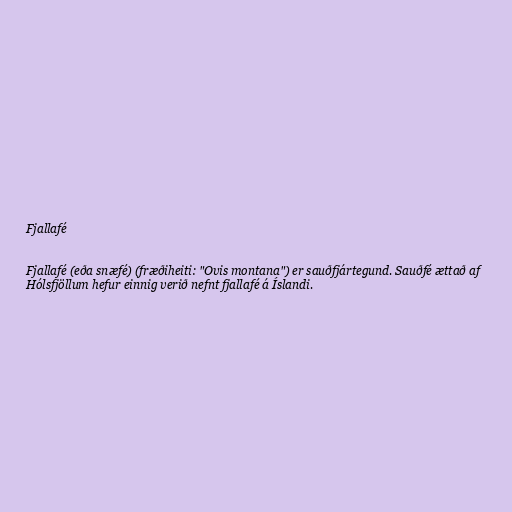
Fjallafé

Fjallafé (eða snæfé) (fræðiheiti: "Ovis montana") er sauðfjártegund. Sauðfé ættað af
Hólsfjöllum hefur einnig verið nefnt fjallafé á Íslandi.